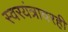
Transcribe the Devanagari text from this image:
स्वरयंत्रावरही